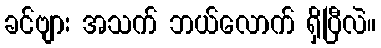
ခင်ဗျား အသက် ဘယ်လောက် ရှိပြီလဲ။